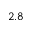
2 . 8